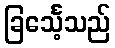
ခြင်္သေ့သည်